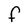
Character: F